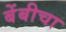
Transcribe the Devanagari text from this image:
बेंबीचा